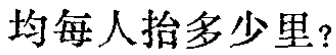
均每人抬多少里？